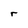
Character: r